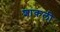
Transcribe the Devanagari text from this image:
शांकली